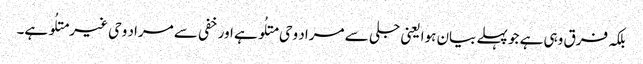
بلکہ فرق وہی ہے جو پہلے بیان ہوا یعنی جلی سے مراد وحی متلُو ہے اور خفی سے مراد وحی غیر متلُو ہے۔